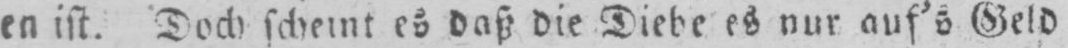
en ist. Doch scheint es daß die Diebe es nur auf’s Geld